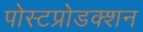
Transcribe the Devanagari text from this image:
पोस्टप्रोडक्शन